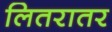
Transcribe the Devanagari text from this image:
लितरातर